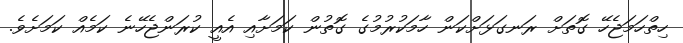
ހިތްހަމަޖެހޭ ގޮތަށް ރަނގަޅަށްކަން ހާމަކުރުމުގެ ގޮތުން ކަމަށާއި އެއީ ކުރަންޖެހޭނެ ކަމެއް ކަމަށެވެ.